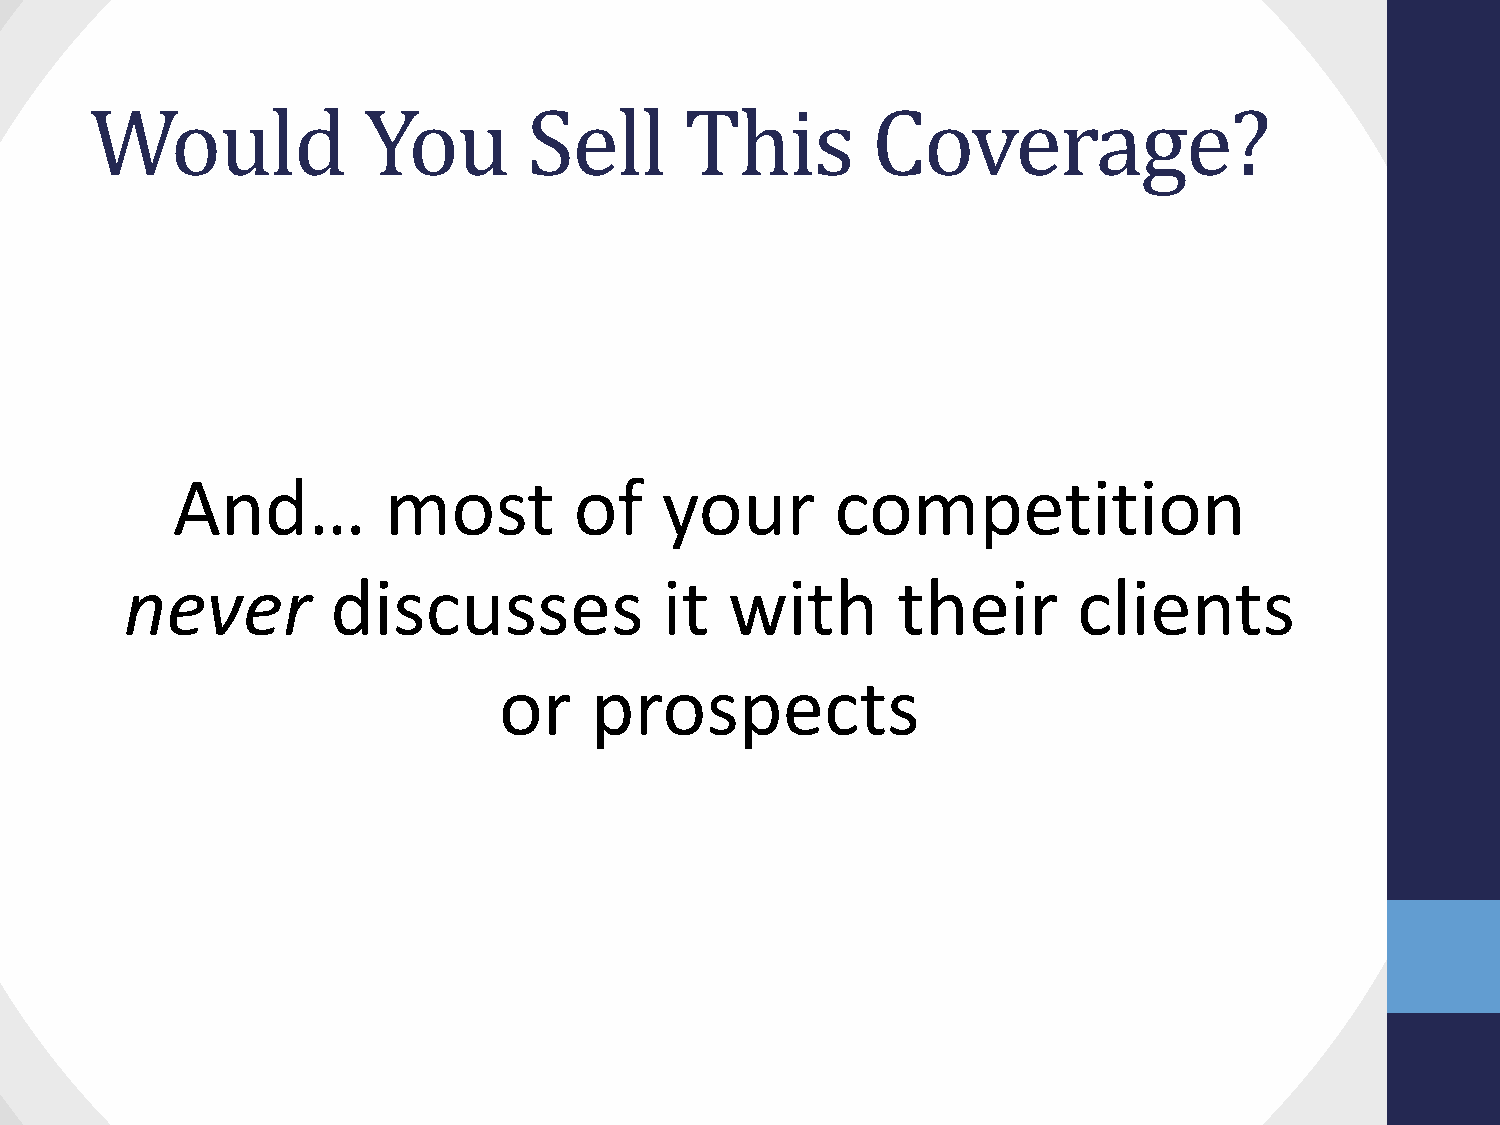
Would             You        Sell      This         Coverage?
 And…          most         of    your       competition
 never         discusses             it  with       their       clients
 or    prospects